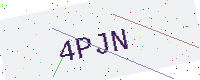
Text: 4PJN